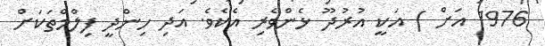
1976 އަށް ) އަކީ އުރުދޫ ޅެންވެރި އެކެވެ. އަދި ހިންދީ ފިލްމްތަކަށް